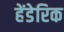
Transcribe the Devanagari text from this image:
हेंडेरिक